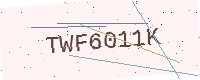
Text: TWF6011K